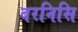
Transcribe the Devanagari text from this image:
बरनिसि